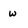
Character: W